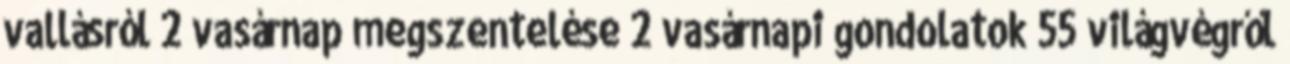
vallásról 2 vasárnap megszentelése 2 vasárnapi gondolatok 55 világvégről